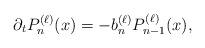
LaTeX: \begin{align*}\partial_t P_n^{(\ell)}(x)=-b_n^{(\ell)}P_{ n-1}^{(\ell)}(x),\end{align*}